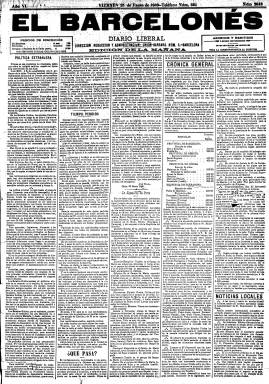
Título: El Barcelonés (Barcelona. 1884)
Colección: Periódicos
Ámbito geográfico: Barcelona
Lugar de publicación: Barcelona
Fechas: 25/01/1889-30/07/1890

Con el subtítulo Diario Liberal, esta publicación en castellano salió a la calle cuando la prensa catalanista escrita en catalán comenzaba a ganar terreno tras la fundación del Diari Català en 1879. Su promotor, Rius i Taulet, líder del Partido Liberal de Sagasta en Barcelona, había sido alcalde de la ciudad y lo volvería a ser hasta su muerte en 1889. Meses después también finalizaría la trayectoria del periódico.

   Con cuatro páginas, la última de ellas dedicada a la publicidad, El Barcelonés tuvo que competir con otros diarios liberales de la capital catalana, como Crónica de Cataluña y La Vanguardia, diario éste que acabaría siendo el hegemónico y ha llegado a nuestros días.

   El título del diario era el mismo del que había sido órgano del partido progresista en las décadas de 1840 y 1850 y  dedicó amplio espacio en sus páginas a ensalzar la vida de general Espartero, el líder progresista de entonces. Al igual que su homónimo, defendía las posiciones más liberales como el sufragio universal masculino y la libertad religiosa. El periódico llegó a tener cinco directores; el primero de ellos, Federico Schwartz, fue catedrático y llegó a ocupar numerosos cargos políticos, entre ellos el de concejal del Ayuntamiento de Barcelona.

   Volcado en la información local, el diario defendió el crecimiento y la grandeza de Barcelona. Como alcalde, Rius i Taulet fue el impulsor de la Exposición Universal de 1888 y promovió las reformas urbanísticas con motivo de este acontecimiento.

   Además de en su última página, El Barcelonés insertaba anuncios comerciales bajo su cabecera de primera página, publicidad que presumiblemente cobraría más cara y que suponía una novedosa iniciativa de financiación. Llegaba hasta el extremo de que en ocasiones la tipografía del anuncio manchaba más que la propia cabecera, como ocurrió con la publicidad de la marca de paños ingleses Old England.

    Aunque carecía de ilustraciones hizo alguna excepción como cuando, aprovechando el entusiasmo popular desatado por las pruebas del submarino de Isaac Peral, publicó en portada el 20 de febrero de 1889 grabados de su antecesor, el  Ictíneo o barco pez de Narciso Monturiol, que había sido botado en el puerto de Barcelona 29 años antes.

  Más información sobre el diario puede encontrarse en el libro ‘200 anys de premsa diària a Catalunya 1792-1992’, editado por la Fundació Caixa de Catalunya.

[Descripción publicada el 26/7/2018]